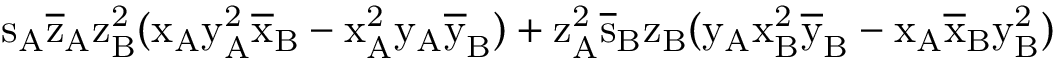
\mathrm { s _ { A } \mathrm { \overline { { z } } _ { A } \mathrm { z _ { B } ^ { 2 } ( \mathrm { x _ { A } \mathrm { y _ { A } ^ { 2 } \mathrm { \overline { { x } } _ { B } - \mathrm { x _ { A } ^ { 2 } \mathrm { y _ { A } \mathrm { \overline { { y } } _ { B } ) + \mathrm { z _ { A } ^ { 2 } \mathrm { \overline { { s } } _ { B } \mathrm { z _ { B } ( \mathrm { y _ { A } \mathrm { x _ { B } ^ { 2 } \mathrm { \overline { { y } } _ { B } - \mathrm { x _ { A } \mathrm { \overline { { x } } _ { B } \mathrm { y _ { B } ^ { 2 } ) } } } } } } } } } } } } } } } } } }